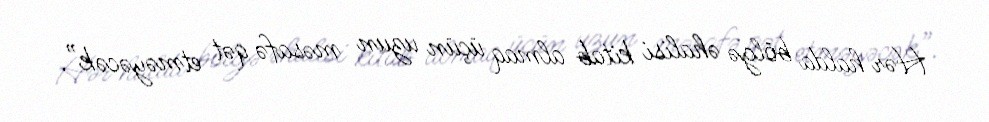
Hər halda bölgə əhalisi kitab almaq üçün uzun məsafə qət etməyəcək”.